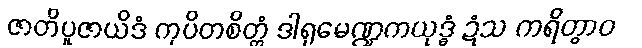
ဇာတိပူဇာယိဒံ ကုပိတစိတ္တံ ဒါရုမေဏ္ဍကယုဒ္ဓံ ဍံသ ကရိတွာဝ